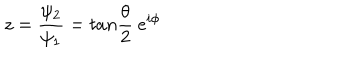
z = \frac { \psi _ { 2 } } { \psi _ { 1 } } = t a n \frac { \theta } { 2 } ~ e ^ { i \phi }